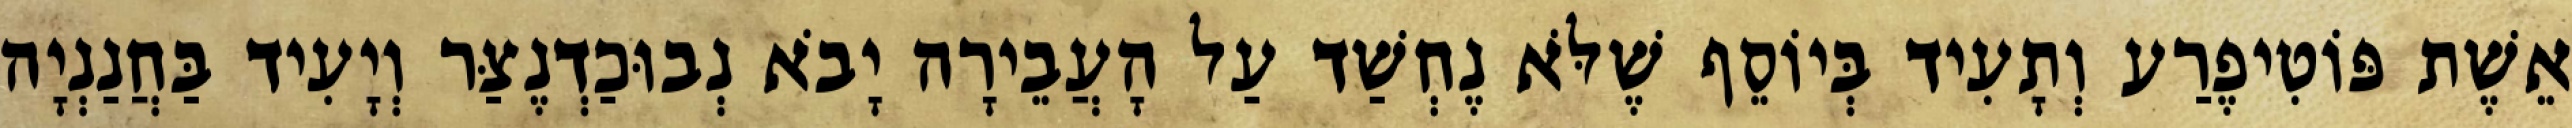
אֵשֶׁת פּוֹטִיפֶרַע וְתָעִיד בְּיוֹסֵף שֶׁלֹּא נֶחְשַׁד עַל הָעֲבֵירָה יָבֹא נְבוּכַדְנֶצַּר וְיָעִיד בַּחֲנַנְיָה